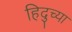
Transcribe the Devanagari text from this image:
हिदुच्या